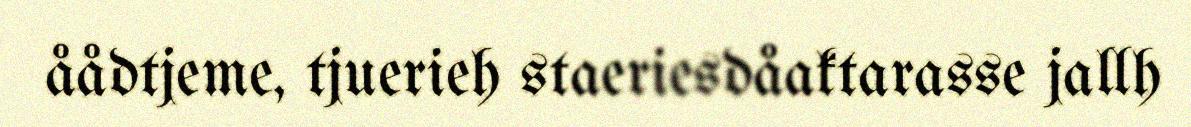
åådtjeme, tjuerieh staeriesdåaktarasse jallh